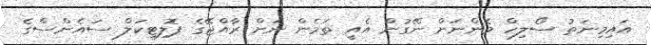
އައިމިނަތު ސޯލިހް މެންނަށް ނޭގުން އެއީ ތަމެން ނަށް ރާއްޖޭގެ ޕޮލިޓިކަލް ސައެންސްގެ